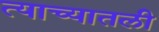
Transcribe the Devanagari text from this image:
त्याच्यातली